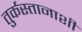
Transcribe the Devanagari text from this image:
तुर्कस्तानाशी